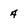
Character: 4